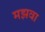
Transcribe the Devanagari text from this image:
मझवा